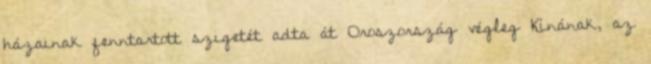
házainak fenntartott szigetét adta át Oroszország végleg Kínának, az